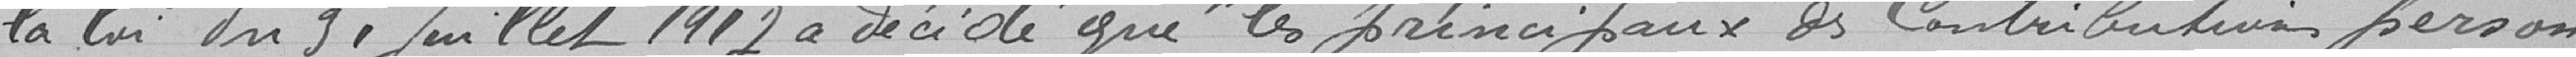
la loi du 31 juillet 1917 a décidé que les principaux des Contribution person-